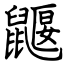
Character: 鼴